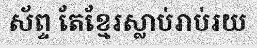
ស័ព្ទ តែខ្មែរស្លាប់រាប់រយ